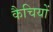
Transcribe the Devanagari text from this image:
कैचियों